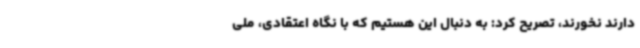
دارند نخورند، تصریح کرد: به دنبال این هستیم که با نگاه اعتقادی، ملی